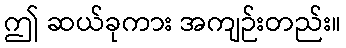
ဤ ဆယ်ခုကား အကျဉ်းတည်း။